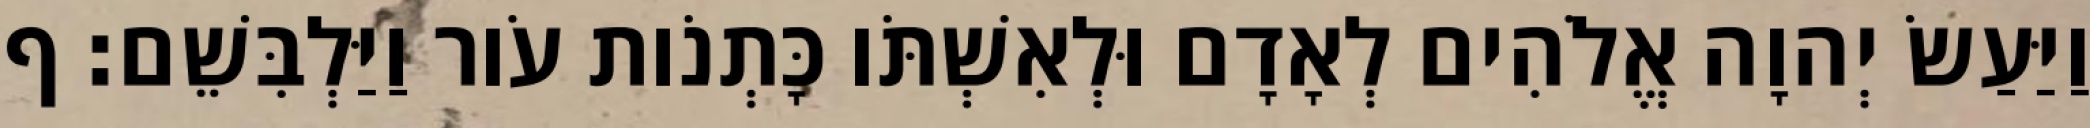
וַיַּעַשׂ יְהוָה אֱלֹהִים לְאָדָם וּלְאִשְׁתֹּו כָּתְנֹות עֹור וַיַּלְבִּשֵׁם׃ ף